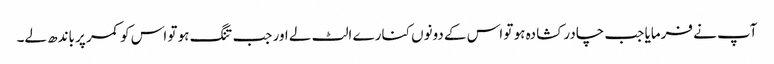
آپ نے فرمایا جب چادر کشادہ ہو تو اس کے دونوں کنارے الٹ لے اور جب تنگ ہو تو اس کو کمر پر باندھ لے۔